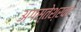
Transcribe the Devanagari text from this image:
अगस्‍तेश्रवर